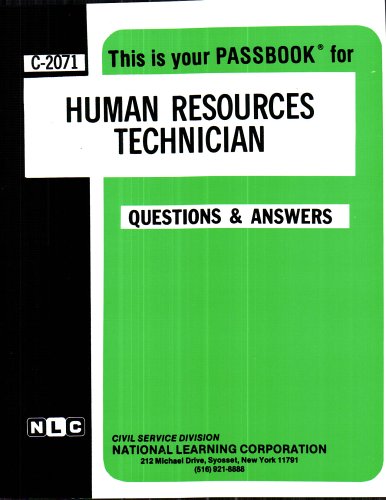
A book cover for Human Resources Technician(Passbooks) (Career Exam Ser); Jack Rudman; Test Preparation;